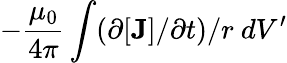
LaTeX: -\frac{\mu_{0}}{4\pi}\int(\partial[{\mathbf J}]/\partial t)/r\ dV^{\prime}